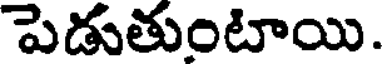
పెడుతుంటాయి.